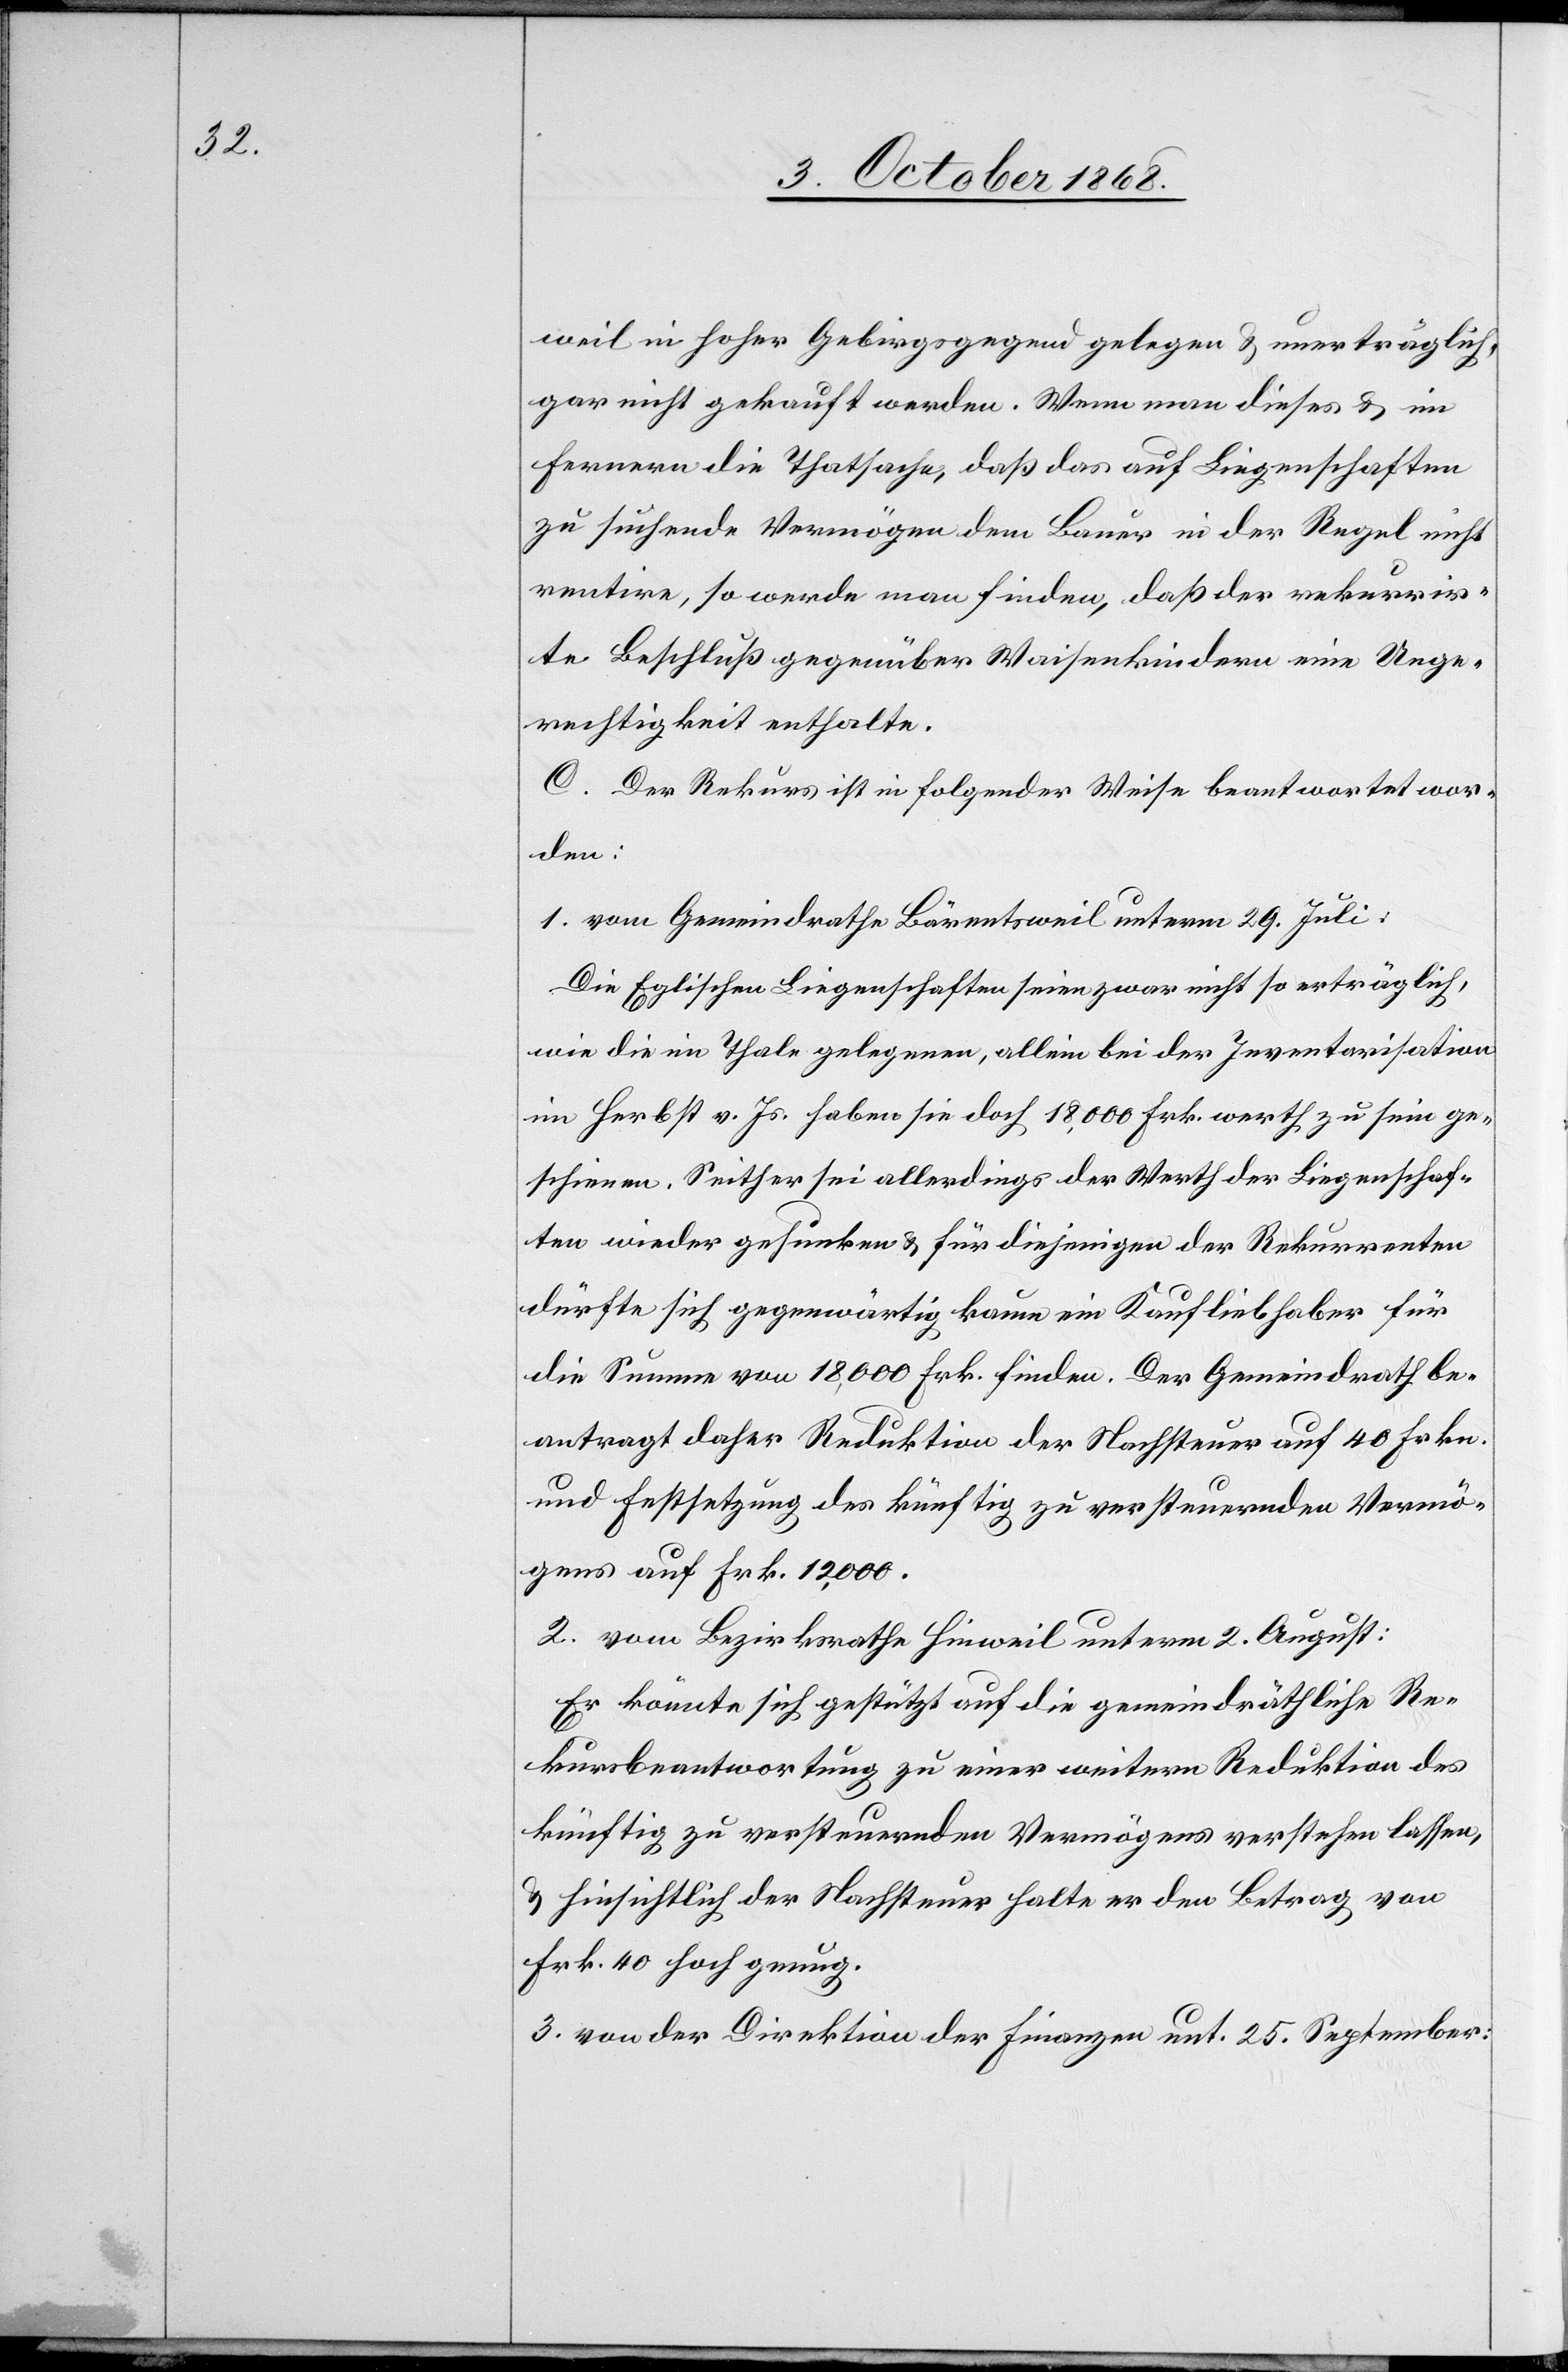
weil in hoher Gebirgsgegend gelegen & unerträglich,
gar nicht gekauft werden. Wenn man dieses & im
Fernern die Thatsache, daß das auf Liegenschaften
zu suchende Vermögen dem Bauer in der Regel nicht
rentire, so werde man finden, daß der rekurrir¬
te Beschluß gegenüber Waisenkindern eine Unge¬
rechtigkeit enthalte.
C. Der Rekurs ist in folgender Weise beantwortet wor¬
den:
1. vom Gemeindrathe Bärentsweil unterm 29. Juli:
Die Eglischen Liegenschaften seien zwar nicht so erträglich,
wie die im Thale gelegenen, allein bei der Inventarisation
im Herbst v. Js. haben sie doch 18,000 Frk. werth zu sein ge¬
schienen. Seither sei allerdings der Werth der Liegenschaf¬
ten wieder gesunken & für diejenigen der Rekurrenten
dürfte sich gegenwärtig kaum ein Kaufliebhaber für
die Summe von 18,000 Frk. finden. Der Gemeindrath be¬
antragt daher Reduktion der Nachsteuer auf 40 Frkn.
und Festsetzung des künftig zu versteuernden Vermö¬
gens auf Frk. 12,000.
2. vom Bezirksrathe Hinweil unterm 2. August:
Er könnte sich gestützt auf die gemeindräthliche Re¬
kursbeantwortung zu einer weitern Reduktion des
künftig zu versteuernden Vermögens verstehen lassen,
& hinsichtlich der Nachsteuer halte er den Betrag von
Frk. 40 hoch genug.
3. von der Direktion der Finanzen unt. 25. September: